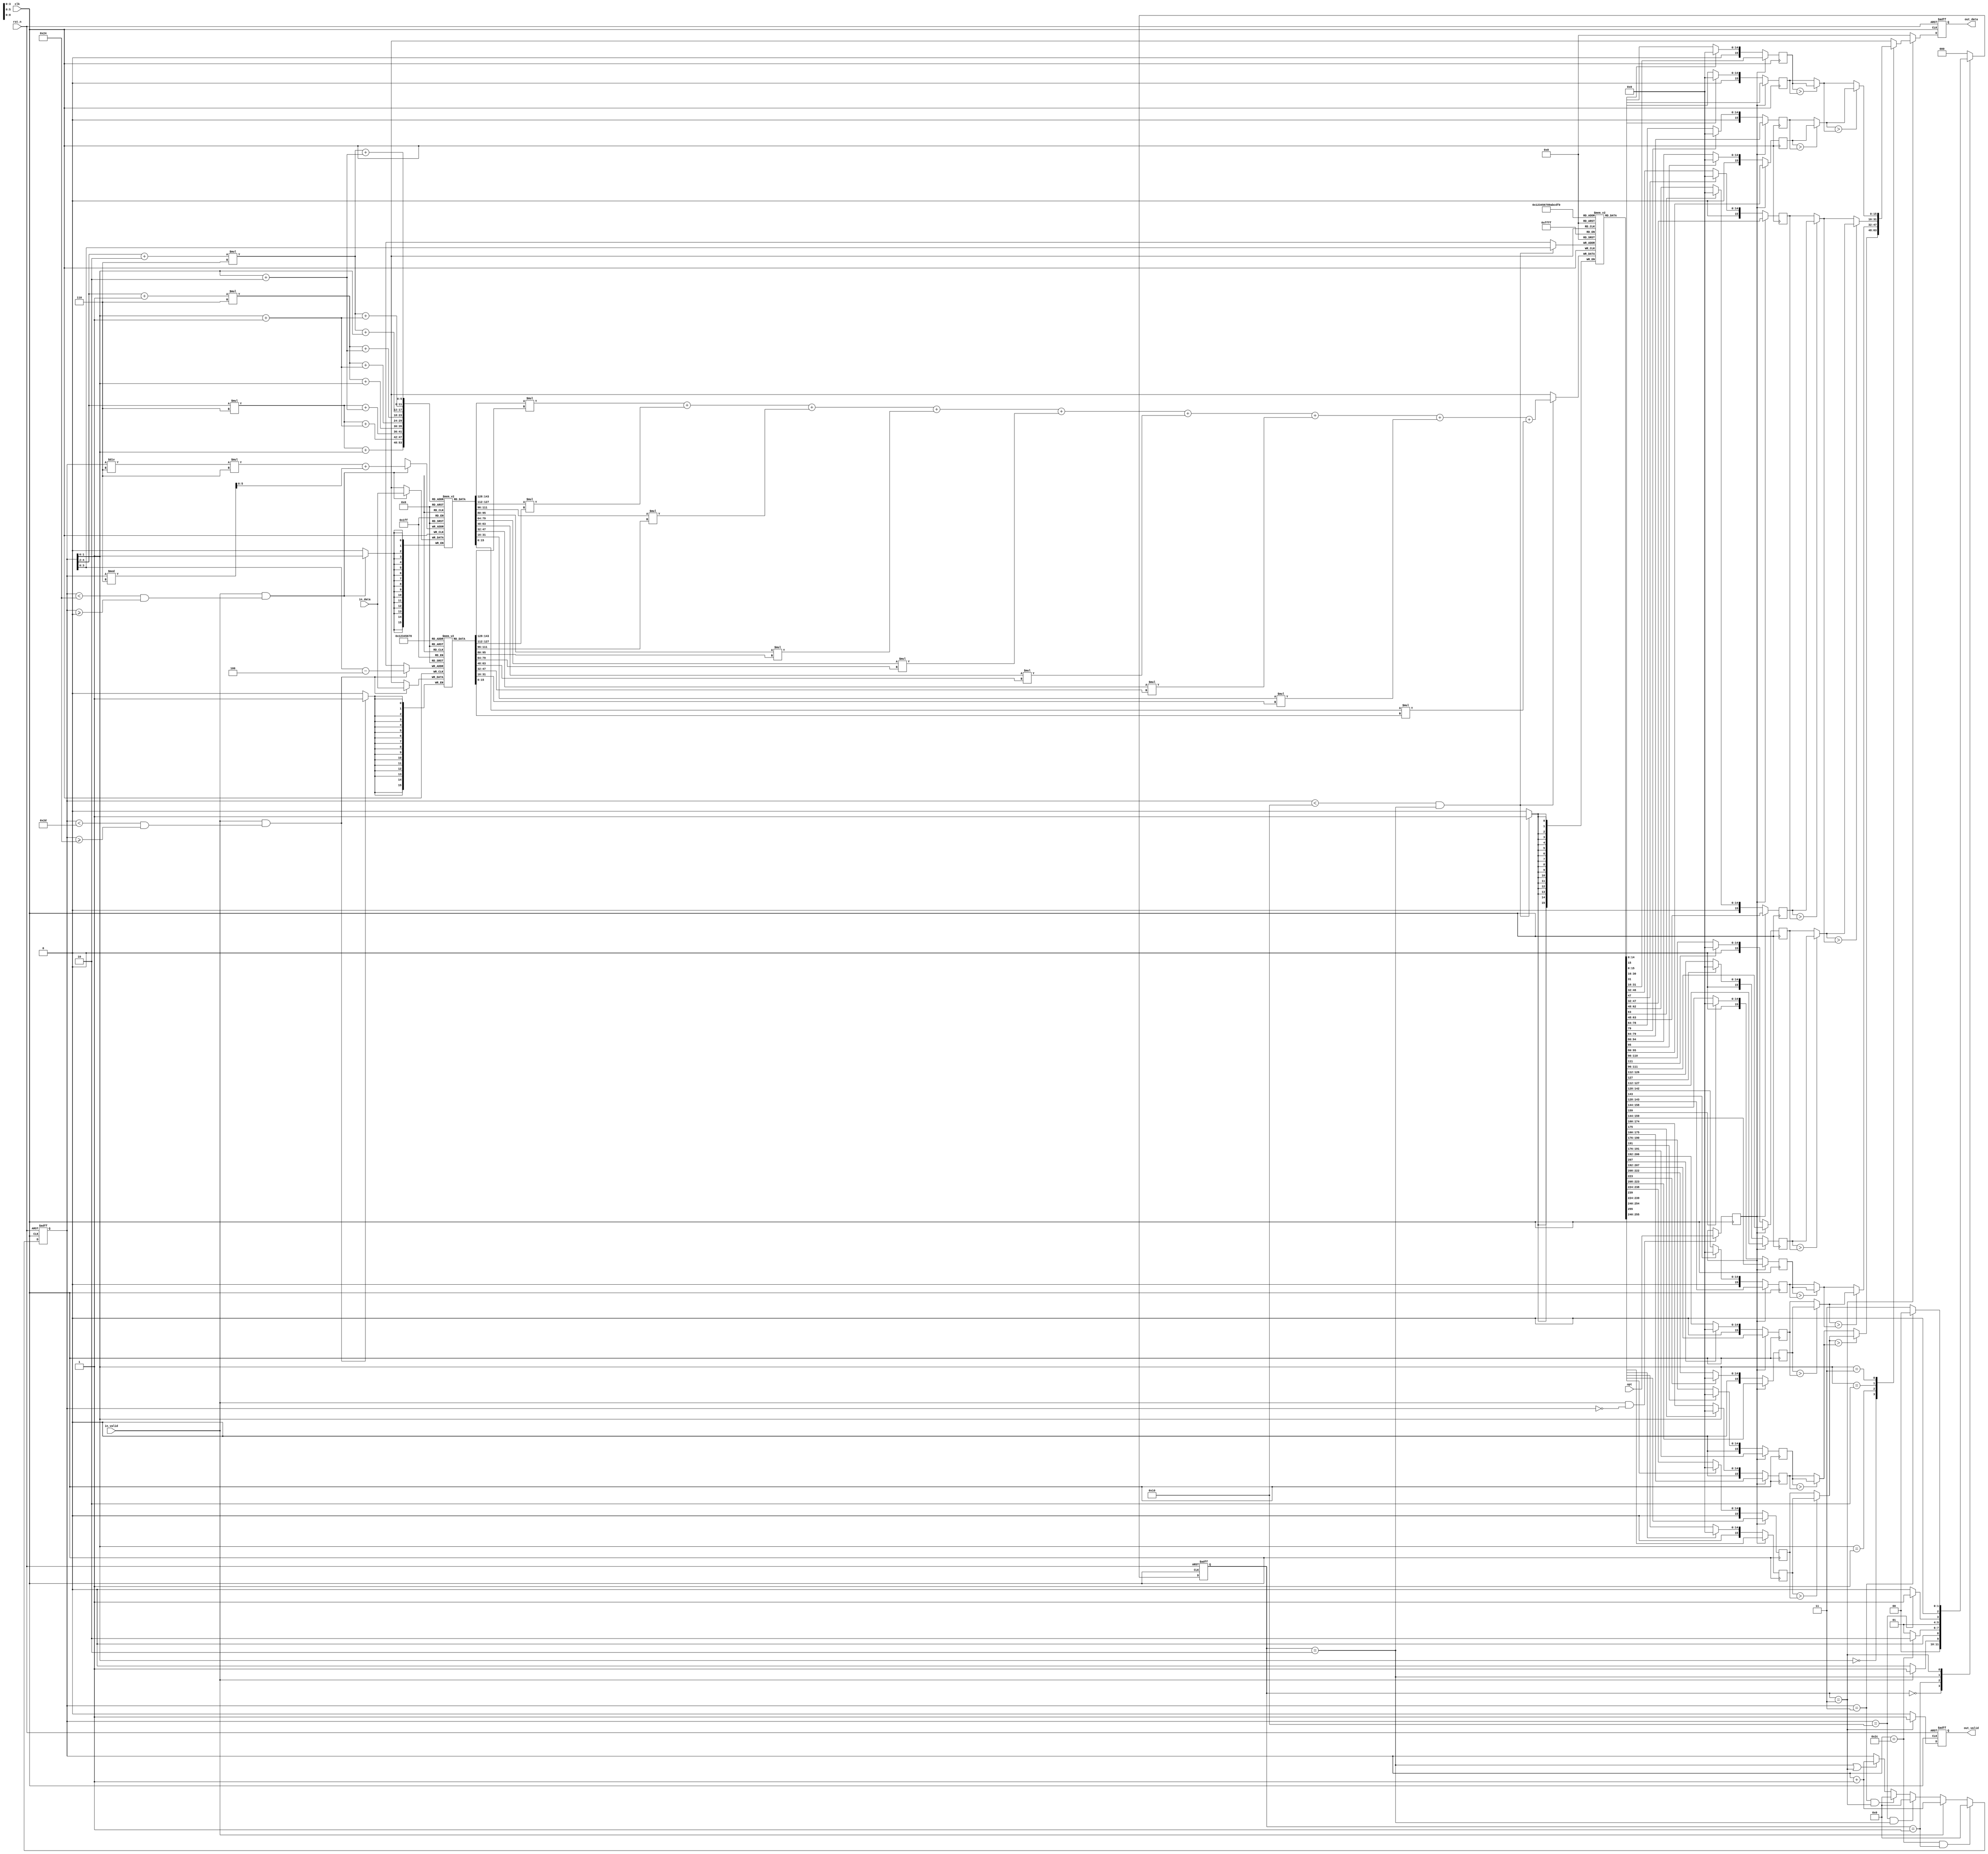
module CNN(
    //input
    input                           clk,
    input                           rst_n,
    input                           in_valid,
    input      signed   [15:0]      in_data,
    input                           opt,
    //output
    output reg                      out_valid, 
    output reg signed   [15:0]      out_data	
);

//////////////////////////////////
//              reg             //
//////////////////////////////////

reg signed [15:0] ifmap_Buffer[0:5][0:5];   
reg signed [15:0] kernel_Buffer[0:8];  

reg [5:0] count;

reg [2:0] state, next_state;

reg signed [15:0] conv_layer[0:15];
reg signed [15:0] relu_layer[0:15];

reg opt_reg;

genvar i;

//////////////////////////////////
//              FSM             //
//////////////////////////////////
parameter IDLE = 'd0;
parameter READ = 'd1;
parameter CAL  = 'd2;
parameter OUT  = 'd3;

always @(posedge clk or negedge rst_n) begin
    if(!rst_n)begin
        state <= IDLE;
    end
    else begin
        state <= next_state;
    end 
end

always @(*) begin
    case(state)
        IDLE:begin
            if(in_valid)begin
                next_state <= READ;
            end
            else begin
                next_state <= IDLE;
            end
        end
        READ:begin
            if(count == 'd44)begin
                next_state <= CAL;
            end
            else begin
                next_state <= READ;
            end
        end
        CAL:begin
            if(count == 'd16)begin
                next_state <= OUT;
            end
            else begin
                next_state <= CAL;
            end
        end
        OUT:begin
            if(count == 'd3)begin
                next_state <= IDLE;
            end
            else begin
                next_state <= OUT;
            end
        end
        default : next_state <= IDLE;
    endcase
end

//////////////////////////////////
//             input            //
//////////////////////////////////
always @(posedge clk) begin
    if(in_valid && count == 0)begin
        opt_reg <= opt;
    end
end

always@(posedge clk) begin
	if(in_valid && (count < 36 && count >= 0))begin
        ifmap_Buffer[count/6][count%6] <= in_data;
    end
end

always@(posedge clk) begin
    if(in_valid && (count < 45 && count >= 36))begin
        kernel_Buffer[count - 'd36] <= in_data;
    end
end

//////////////////////////////////
//            counter           //
//////////////////////////////////
always@(posedge clk or negedge rst_n) begin
	if(!rst_n) begin
		count <= 'd0;
	end
    else if(count == 'd44 && state == READ) begin
		count <= 'd0;
	end 
	else if(in_valid) begin
		count <= count + 'd1;
	end 
	else if(count == 'd16 && state == CAL) begin
		count <= 'd0;
	end
    else if(count == 'd3 && state == OUT) begin
		count <= 'd0;
	end  
    else if(state == CAL || state == OUT) begin
		count <= count + 'd1;
	end                  
	else begin
		count <= count;
	end 
end

wire [2:0] row = count[4:2];
wire [2:0] col = count[1:0];

//////////////////////////////////
//             conv             //
//////////////////////////////////
always@(posedge clk) begin
    if(count < 16 && state == CAL)begin
        conv_layer[count] <= ifmap_Buffer[row  ][col  ] * kernel_Buffer[0] +
                             ifmap_Buffer[row  ][col+1] * kernel_Buffer[1] +
                             ifmap_Buffer[row  ][col+2] * kernel_Buffer[2] +
                             ifmap_Buffer[row+1][col  ] * kernel_Buffer[3] +
                             ifmap_Buffer[row+1][col+1] * kernel_Buffer[4] +
                             ifmap_Buffer[row+1][col+2] * kernel_Buffer[5] +
                             ifmap_Buffer[row+2][col  ] * kernel_Buffer[6] +
                             ifmap_Buffer[row+2][col+1] * kernel_Buffer[7] +
                             ifmap_Buffer[row+2][col+2] * kernel_Buffer[8] ;
    end
end

//////////////////////////////////
//             relu             //
//////////////////////////////////
generate
for(i = 0; i < 16; i = i + 1)begin
    always @(posedge clk) begin
        if(!opt_reg)begin
            if(conv_layer[i][15])begin
                relu_layer[i] <= 0;
            end
            else begin
                relu_layer[i] <= conv_layer[i];      
            end
        end
        else begin
            relu_layer[i] <= conv_layer[i];
        end
    end
end
endgenerate

//////////////////////////////////
//          maxpooling          //
//////////////////////////////////
wire signed [15:0] maxpool_l1 [0:7];
wire signed [15:0] maxpool_l2 [0:3];

assign maxpool_l1[0] = (relu_layer[0]  > relu_layer[1])  ? relu_layer[0]  : relu_layer[1];
assign maxpool_l1[1] = (relu_layer[2]  > relu_layer[3])  ? relu_layer[2]  : relu_layer[3];
assign maxpool_l1[2] = (relu_layer[4]  > relu_layer[5])  ? relu_layer[4]  : relu_layer[5];
assign maxpool_l1[3] = (relu_layer[6]  > relu_layer[7])  ? relu_layer[6]  : relu_layer[7];
assign maxpool_l1[4] = (relu_layer[8]  > relu_layer[9])  ? relu_layer[8]  : relu_layer[9];
assign maxpool_l1[5] = (relu_layer[10] > relu_layer[11]) ? relu_layer[10] : relu_layer[11];
assign maxpool_l1[6] = (relu_layer[12] > relu_layer[13]) ? relu_layer[12] : relu_layer[13];
assign maxpool_l1[7] = (relu_layer[14] > relu_layer[15]) ? relu_layer[14] : relu_layer[15];

assign maxpool_l2[0] = (maxpool_l1[0] > maxpool_l1[2]) ? maxpool_l1[0] : maxpool_l1[2];
assign maxpool_l2[1] = (maxpool_l1[1] > maxpool_l1[3]) ? maxpool_l1[1] : maxpool_l1[3];
assign maxpool_l2[2] = (maxpool_l1[4] > maxpool_l1[6]) ? maxpool_l1[4] : maxpool_l1[6];
assign maxpool_l2[3] = (maxpool_l1[5] > maxpool_l1[7]) ? maxpool_l1[5] : maxpool_l1[7];

//////////////////////////////////
//            output            //
//////////////////////////////////
always@(posedge clk or negedge rst_n) begin
    if(!rst_n)begin
        out_valid <= 0;
    end
    else if(state == OUT)begin
        out_valid <= 1;
    end
    else begin
        out_valid <= 0;
    end
end

always@(posedge clk or negedge rst_n) begin
    if(!rst_n)begin
        out_data <= 0;
    end
    else if(state == OUT)begin
        out_data <= maxpool_l2[count];
    end
    else begin
        out_data <= 0;
    end
end

endmodule